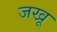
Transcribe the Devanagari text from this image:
जखू